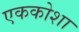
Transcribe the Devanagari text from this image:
एककोशा